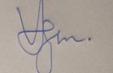
Signature authenticity: genuine